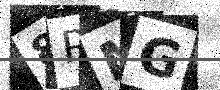
Text: 8RMG